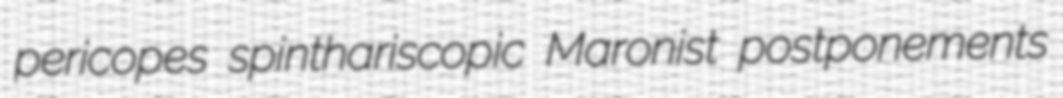
pericopes spinthariscopic Maronist postponements